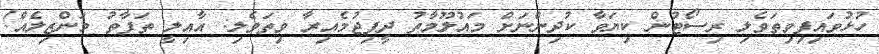
ހުޅުވައިފިވިތަވެލި ރިސޯޓުން ކިޔަވާ ކުދިންނަށް މައުލޫމާތު ދީފިޖުމެއިރާ ވިތަވެލި: އާއިލީ ތަފާތު މަންޒިލެއް!